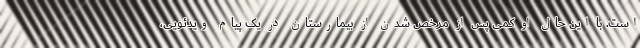
است. با این حال او کمی پس از مرخص شدن از بیمارستان در یک پیام ویدئویی،